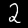
Label: 2